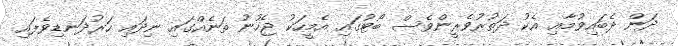
ދަން ދެބައިވުމާއި އެކު ދަތުރުވެރީންވެސް ބޯޓުގައި އެމީހަކު ޖެހުނު ތަނެއްގައި ނިދައި ހަރުދަނޑިވެފައި